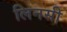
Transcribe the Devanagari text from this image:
लिनसी